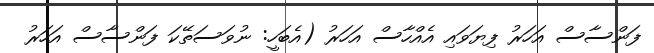
ފަންސާސް އަހަރު ފިޔަވައި އެއްހާސް އަހަރު (އެބަހީ: ނުވަސަތޭކަ ފަންސާސް އަހަރު